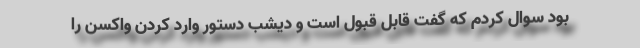
بود سوال کردم که گفت قابل قبول است و دیشب دستور وارد کردن واکسن را